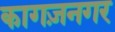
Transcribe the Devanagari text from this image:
कागज़नगर